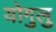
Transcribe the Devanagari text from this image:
योगुलु